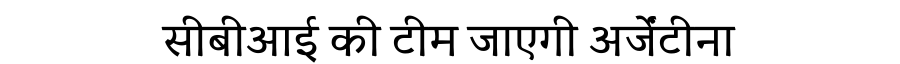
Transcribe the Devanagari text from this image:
सीबीआई की टीम जाएगी अर्जेंटीना